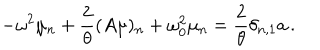
- \omega ^ { 2 } \mu _ { n } + \frac 2 \theta ( A \mu ) _ { n } + \omega _ { 0 } ^ { 2 } \mu _ { n } = \frac 2 \theta \delta _ { n , 1 } a \, .